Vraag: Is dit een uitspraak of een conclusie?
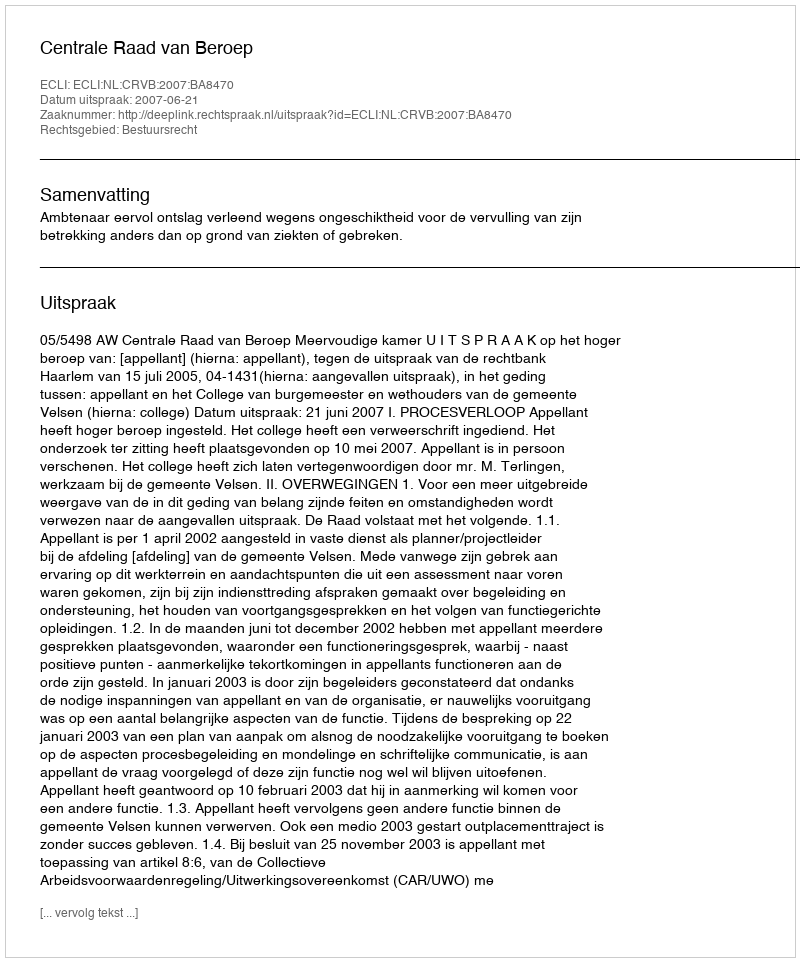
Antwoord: Uitspraak